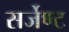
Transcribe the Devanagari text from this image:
सर्जेण्ट